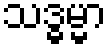
သဒ္ဓမ္မာ